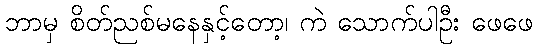
ဘာမှ စိတ်ညစ်မနေနှင့်တော့၊ ကဲ သောက်ပါဦး ဖေဖေ